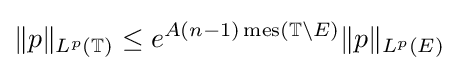
\|p\|_{L^{p}(\mathbb {T} )}\leq e^{A(n-1)\operatorname {mes} (\mathbb {T} \setminus E)}\|p\|_{L^{p}(E)}